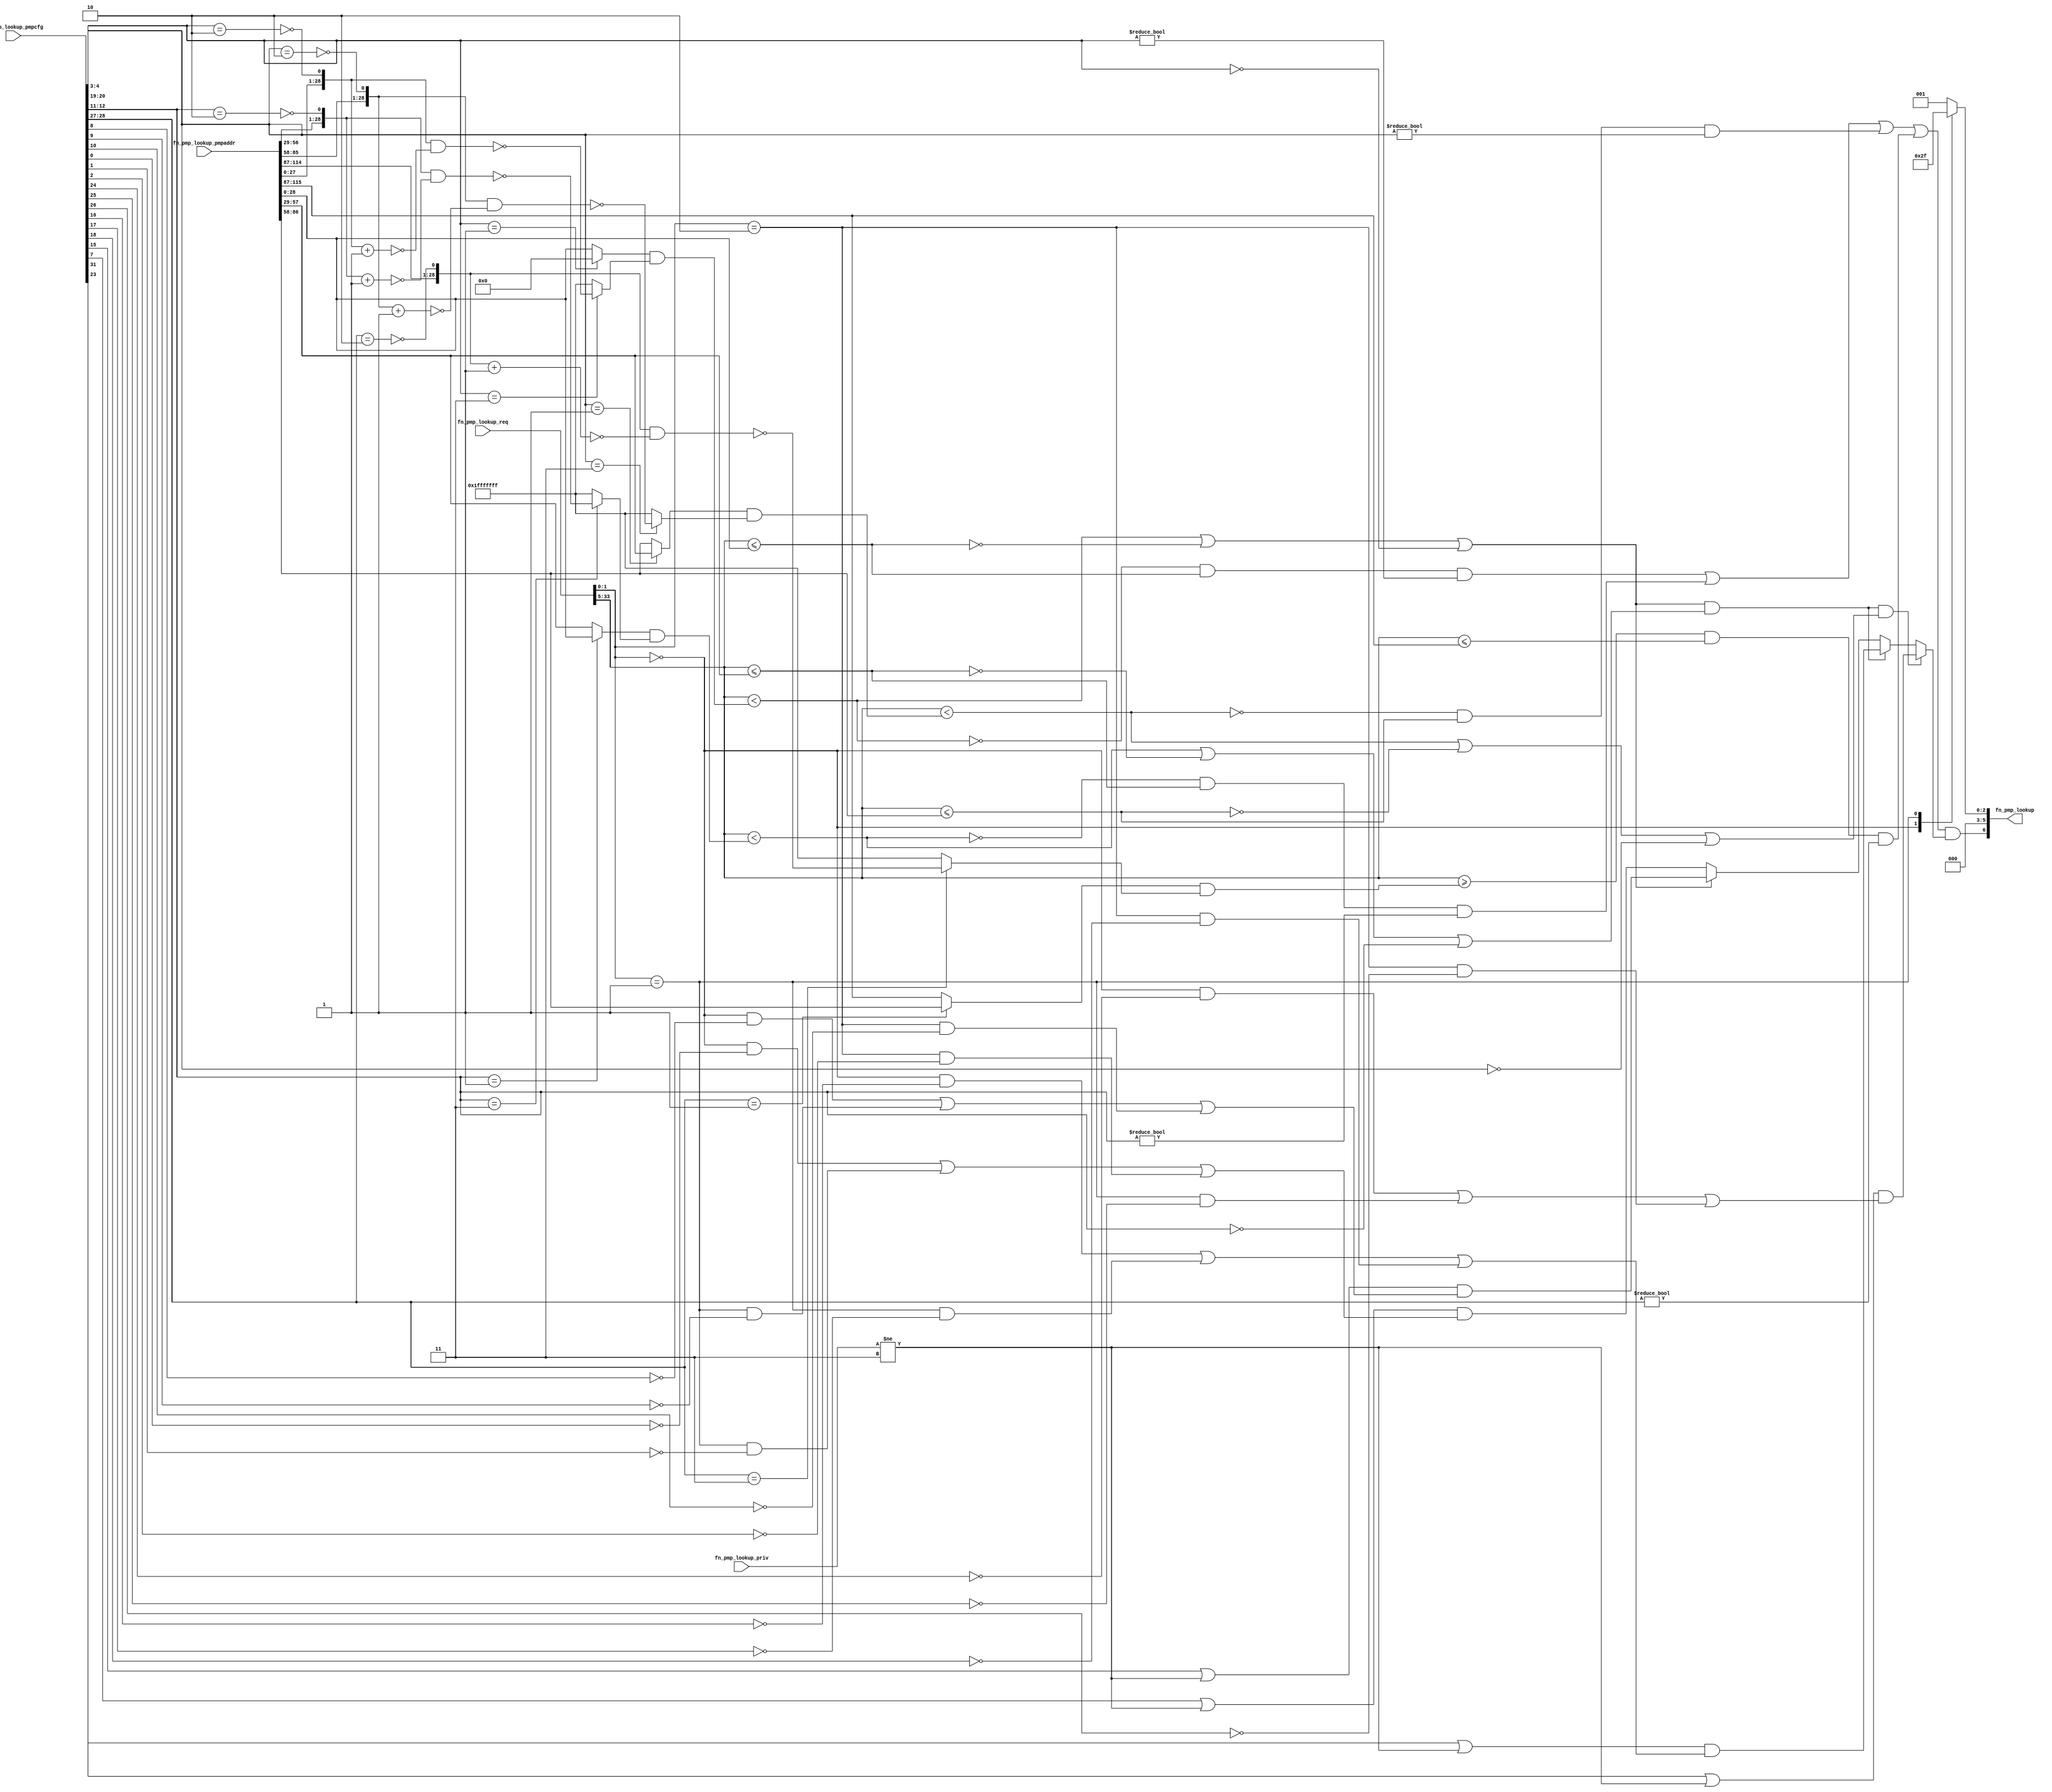
//
// Generated by Bluespec Compiler, version 2021.07-3-g8227dc97 (build 8227dc97)
//
// On Fri Sep  3 12:08:09 PDT 2021
//
//
// Ports:
// Name                         I/O  size props
// fn_pmp_lookup                  O     7
// fn_pmp_lookup_req              I    34
// fn_pmp_lookup_priv             I     2
// fn_pmp_lookup_pmpcfg           I    32
// fn_pmp_lookup_pmpaddr          I   116
//
// Combinational paths from inputs to outputs:
//   (fn_pmp_lookup_req,
//    fn_pmp_lookup_priv,
//    fn_pmp_lookup_pmpcfg,
//    fn_pmp_lookup_pmpaddr) -> fn_pmp_lookup
//
//

`ifdef BSV_ASSIGNMENT_DELAY
`else
  `define BSV_ASSIGNMENT_DELAY
`endif

`ifdef BSV_POSITIVE_RESET
  `define BSV_RESET_VALUE 1'b1
  `define BSV_RESET_EDGE posedge
`else
  `define BSV_RESET_VALUE 1'b0
  `define BSV_RESET_EDGE negedge
`endif

module module_fn_pmp_lookup(fn_pmp_lookup_req,
			    fn_pmp_lookup_priv,
			    fn_pmp_lookup_pmpcfg,
			    fn_pmp_lookup_pmpaddr,
			    fn_pmp_lookup);
  // value method fn_pmp_lookup
  input  [33 : 0] fn_pmp_lookup_req;
  input  [1 : 0] fn_pmp_lookup_priv;
  input  [31 : 0] fn_pmp_lookup_pmpcfg;
  input  [115 : 0] fn_pmp_lookup_pmpaddr;
  output [6 : 0] fn_pmp_lookup;

  // signals for module outputs
  wire [6 : 0] fn_pmp_lookup;

  // remaining internal signals
  reg [5 : 0] x__h2109;
  wire [28 : 0] mask__h1117,
		mask__h1118,
		mask__h1326,
		mask__h1327,
		mask__h409,
		mask__h410,
		mask__h908,
		mask__h909,
		start_address__h1116,
		start_address__h1325,
		start_address__h408,
		start_address__h907,
		x__h1056,
		x__h1082,
		x__h1265,
		x__h1291,
		x__h1474,
		x__h1500,
		x__h847,
		x__h874,
		y__h1057,
		y__h1266,
		y__h1475,
		y__h848;
  wire IF_fn_pmp_lookup_req_BITS_33_TO_5_ULT_IF_fn_pm_ETC___d166,
       IF_fn_pmp_lookup_req_BITS_33_TO_5_ULT_IF_fn_pm_ETC___d168,
       NOT_fn_pmp_lookup_req_BITS_33_TO_5_ULT_IF_fn_p_ETC___d169,
       NOT_fn_pmp_lookup_req_BITS_33_TO_5_ULT_IF_fn_p_ETC___d46,
       NOT_fn_pmp_lookup_req_BITS_33_TO_5_ULT_IF_fn_p_ETC___d88,
       fn_pmp_lookup_req_BITS_33_TO_5_ULE_fn_pmp_look_ETC___d19,
       fn_pmp_lookup_req_BITS_33_TO_5_ULE_fn_pmp_look_ETC___d41,
       fn_pmp_lookup_req_BITS_33_TO_5_ULE_fn_pmp_look_ETC___d64,
       fn_pmp_lookup_req_BITS_33_TO_5_ULT_IF_fn_pmp_l_ETC___d17,
       fn_pmp_lookup_req_BITS_33_TO_5_ULT_IF_fn_pmp_l_ETC___d39,
       fn_pmp_lookup_req_BITS_33_TO_5_ULT_IF_fn_pmp_l_ETC___d62,
       fn_pmp_lookup_req_BITS_33_TO_5_ULT_IF_fn_pmp_l_ETC___d99,
       x__h1076,
       x__h1285,
       x__h1494,
       x__h868;

  // value method fn_pmp_lookup
  assign fn_pmp_lookup =
	     { NOT_fn_pmp_lookup_req_BITS_33_TO_5_ULT_IF_fn_p_ETC___d169,
	       x__h2109 } ;

  // remaining internal signals
  assign IF_fn_pmp_lookup_req_BITS_33_TO_5_ULT_IF_fn_pm_ETC___d166 =
	     (fn_pmp_lookup_req_BITS_33_TO_5_ULT_IF_fn_pmp_l_ETC___d17 ||
	      !fn_pmp_lookup_req_BITS_33_TO_5_ULE_fn_pmp_look_ETC___d19 ||
	      fn_pmp_lookup_pmpcfg[4:3] == 2'd0) ?
	       (fn_pmp_lookup_pmpcfg[15] || fn_pmp_lookup_priv != 2'd3) &&
	       (fn_pmp_lookup_req[1:0] == 2'd0 && !fn_pmp_lookup_pmpcfg[8] ||
		fn_pmp_lookup_req[1:0] == 2'd1 && !fn_pmp_lookup_pmpcfg[9] ||
		fn_pmp_lookup_req[1:0] == 2'd2 && !fn_pmp_lookup_pmpcfg[10]) :
	       (fn_pmp_lookup_pmpcfg[7] || fn_pmp_lookup_priv != 2'd3) &&
	       (fn_pmp_lookup_req[1:0] == 2'd0 && !fn_pmp_lookup_pmpcfg[0] ||
		fn_pmp_lookup_req[1:0] == 2'd1 && !fn_pmp_lookup_pmpcfg[1] ||
		fn_pmp_lookup_req[1:0] == 2'd2 && !fn_pmp_lookup_pmpcfg[2]) ;
  assign IF_fn_pmp_lookup_req_BITS_33_TO_5_ULT_IF_fn_pm_ETC___d168 =
	     (fn_pmp_lookup_req_BITS_33_TO_5_ULT_IF_fn_pmp_l_ETC___d99 &&
	      (fn_pmp_lookup_req_BITS_33_TO_5_ULT_IF_fn_pmp_l_ETC___d62 ||
	       !fn_pmp_lookup_req_BITS_33_TO_5_ULE_fn_pmp_look_ETC___d64 ||
	       fn_pmp_lookup_pmpcfg[20:19] == 2'd0)) ?
	       (fn_pmp_lookup_pmpcfg[31] || fn_pmp_lookup_priv != 2'd3) &&
	       (fn_pmp_lookup_req[1:0] == 2'd0 && !fn_pmp_lookup_pmpcfg[24] ||
		fn_pmp_lookup_req[1:0] == 2'd1 && !fn_pmp_lookup_pmpcfg[25] ||
		fn_pmp_lookup_req[1:0] == 2'd2 && !fn_pmp_lookup_pmpcfg[26]) :
	       (fn_pmp_lookup_req_BITS_33_TO_5_ULT_IF_fn_pmp_l_ETC___d99 ?
		  (fn_pmp_lookup_pmpcfg[23] || fn_pmp_lookup_priv != 2'd3) &&
		  (fn_pmp_lookup_req[1:0] == 2'd0 &&
		   !fn_pmp_lookup_pmpcfg[16] ||
		   fn_pmp_lookup_req[1:0] == 2'd1 &&
		   !fn_pmp_lookup_pmpcfg[17] ||
		   fn_pmp_lookup_req[1:0] == 2'd2 &&
		   !fn_pmp_lookup_pmpcfg[18]) :
		  IF_fn_pmp_lookup_req_BITS_33_TO_5_ULT_IF_fn_pm_ETC___d166) ;
  assign NOT_fn_pmp_lookup_req_BITS_33_TO_5_ULT_IF_fn_p_ETC___d169 =
	     (NOT_fn_pmp_lookup_req_BITS_33_TO_5_ULT_IF_fn_p_ETC___d46 ||
	      !fn_pmp_lookup_req_BITS_33_TO_5_ULT_IF_fn_pmp_l_ETC___d62 &&
	      fn_pmp_lookup_req_BITS_33_TO_5_ULE_fn_pmp_look_ETC___d64 &&
	      fn_pmp_lookup_pmpcfg[20:19] != 2'd0 ||
	      NOT_fn_pmp_lookup_req_BITS_33_TO_5_ULT_IF_fn_p_ETC___d88 &&
	      fn_pmp_lookup_pmpcfg[28:27] != 2'd0) &&
	     IF_fn_pmp_lookup_req_BITS_33_TO_5_ULT_IF_fn_pm_ETC___d168 ;
  assign NOT_fn_pmp_lookup_req_BITS_33_TO_5_ULT_IF_fn_p_ETC___d46 =
	     !fn_pmp_lookup_req_BITS_33_TO_5_ULT_IF_fn_pmp_l_ETC___d17 &&
	     fn_pmp_lookup_req_BITS_33_TO_5_ULE_fn_pmp_look_ETC___d19 &&
	     fn_pmp_lookup_pmpcfg[4:3] != 2'd0 ||
	     !fn_pmp_lookup_req_BITS_33_TO_5_ULT_IF_fn_pmp_l_ETC___d39 &&
	     fn_pmp_lookup_req_BITS_33_TO_5_ULE_fn_pmp_look_ETC___d41 &&
	     fn_pmp_lookup_pmpcfg[12:11] != 2'd0 ;
  assign NOT_fn_pmp_lookup_req_BITS_33_TO_5_ULT_IF_fn_p_ETC___d88 =
	     fn_pmp_lookup_req[33:5] >=
	     (start_address__h1325 & mask__h1327) &&
	     fn_pmp_lookup_req[33:5] <= fn_pmp_lookup_pmpaddr[115:87] ;
  assign fn_pmp_lookup_req_BITS_33_TO_5_ULE_fn_pmp_look_ETC___d19 =
	     fn_pmp_lookup_req[33:5] <= fn_pmp_lookup_pmpaddr[28:0] ;
  assign fn_pmp_lookup_req_BITS_33_TO_5_ULE_fn_pmp_look_ETC___d41 =
	     fn_pmp_lookup_req[33:5] <= fn_pmp_lookup_pmpaddr[57:29] ;
  assign fn_pmp_lookup_req_BITS_33_TO_5_ULE_fn_pmp_look_ETC___d64 =
	     fn_pmp_lookup_req[33:5] <= fn_pmp_lookup_pmpaddr[86:58] ;
  assign fn_pmp_lookup_req_BITS_33_TO_5_ULT_IF_fn_pmp_l_ETC___d17 =
	     fn_pmp_lookup_req[33:5] < (start_address__h408 & mask__h410) ;
  assign fn_pmp_lookup_req_BITS_33_TO_5_ULT_IF_fn_pmp_l_ETC___d39 =
	     fn_pmp_lookup_req[33:5] < (start_address__h907 & mask__h909) ;
  assign fn_pmp_lookup_req_BITS_33_TO_5_ULT_IF_fn_pmp_l_ETC___d62 =
	     fn_pmp_lookup_req[33:5] < (start_address__h1116 & mask__h1118) ;
  assign fn_pmp_lookup_req_BITS_33_TO_5_ULT_IF_fn_pmp_l_ETC___d99 =
	     (fn_pmp_lookup_req_BITS_33_TO_5_ULT_IF_fn_pmp_l_ETC___d17 ||
	      !fn_pmp_lookup_req_BITS_33_TO_5_ULE_fn_pmp_look_ETC___d19 ||
	      fn_pmp_lookup_pmpcfg[4:3] == 2'd0) &&
	     (fn_pmp_lookup_req_BITS_33_TO_5_ULT_IF_fn_pmp_l_ETC___d39 ||
	      !fn_pmp_lookup_req_BITS_33_TO_5_ULE_fn_pmp_look_ETC___d41 ||
	      fn_pmp_lookup_pmpcfg[12:11] == 2'd0) ;
  assign mask__h1117 = { fn_pmp_lookup_pmpaddr[85:58], x__h1285 } ;
  assign mask__h1118 =
	     (fn_pmp_lookup_pmpcfg[20:19] == 2'd3) ?
	       ~x__h1265 :
	       29'd536870911 ;
  assign mask__h1326 = { fn_pmp_lookup_pmpaddr[114:87], x__h1494 } ;
  assign mask__h1327 =
	     (fn_pmp_lookup_pmpcfg[28:27] == 2'd3) ?
	       ~x__h1474 :
	       29'd536870911 ;
  assign mask__h409 = { fn_pmp_lookup_pmpaddr[27:0], x__h868 } ;
  assign mask__h410 =
	     (fn_pmp_lookup_pmpcfg[4:3] == 2'd3) ? ~x__h847 : 29'd536870911 ;
  assign mask__h908 = { fn_pmp_lookup_pmpaddr[56:29], x__h1076 } ;
  assign mask__h909 =
	     (fn_pmp_lookup_pmpcfg[12:11] == 2'd3) ?
	       ~x__h1056 :
	       29'd536870911 ;
  assign start_address__h1116 =
	     (fn_pmp_lookup_pmpcfg[20:19] == 2'd1) ?
	       fn_pmp_lookup_pmpaddr[57:29] :
	       fn_pmp_lookup_pmpaddr[86:58] ;
  assign start_address__h1325 =
	     (fn_pmp_lookup_pmpcfg[28:27] == 2'd1) ?
	       fn_pmp_lookup_pmpaddr[86:58] :
	       fn_pmp_lookup_pmpaddr[115:87] ;
  assign start_address__h408 =
	     (fn_pmp_lookup_pmpcfg[4:3] == 2'd1) ?
	       29'd0 :
	       fn_pmp_lookup_pmpaddr[28:0] ;
  assign start_address__h907 =
	     (fn_pmp_lookup_pmpcfg[12:11] == 2'd1) ?
	       fn_pmp_lookup_pmpaddr[28:0] :
	       fn_pmp_lookup_pmpaddr[57:29] ;
  assign x__h1056 = mask__h908 & y__h1057 ;
  assign x__h1076 = ~(fn_pmp_lookup_pmpcfg[12:11] == 2'd2) ;
  assign x__h1082 = mask__h908 + 29'd1 ;
  assign x__h1265 = mask__h1117 & y__h1266 ;
  assign x__h1285 = ~(fn_pmp_lookup_pmpcfg[20:19] == 2'd2) ;
  assign x__h1291 = mask__h1117 + 29'd1 ;
  assign x__h1474 = mask__h1326 & y__h1475 ;
  assign x__h1494 = ~(fn_pmp_lookup_pmpcfg[28:27] == 2'd2) ;
  assign x__h1500 = mask__h1326 + 29'd1 ;
  assign x__h847 = mask__h409 & y__h848 ;
  assign x__h868 = ~(fn_pmp_lookup_pmpcfg[4:3] == 2'd2) ;
  assign x__h874 = mask__h409 + 29'd1 ;
  assign y__h1057 = ~x__h1082 ;
  assign y__h1266 = ~x__h1291 ;
  assign y__h1475 = ~x__h1500 ;
  assign y__h848 = ~x__h874 ;
  always@(fn_pmp_lookup_req)
  begin
    case (fn_pmp_lookup_req[1:0])
      2'd0: x__h2109 = 6'd5;
      2'd1: x__h2109 = 6'd7;
      default: x__h2109 = 6'd1;
    endcase
  end
endmodule  // module_fn_pmp_lookup